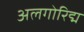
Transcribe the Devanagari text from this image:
अलगोरिद्म